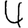
Digit: 4